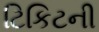
ટિકિટની